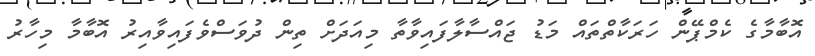
އޮބާމާގެ ކެމްޕޭން ހަރަކާތްތައް މަޑު ޖައްސާލާފައިވާތާ މިއަދަށް ތިން ދުވަސްވެފައިވާއިރު އޮބާމާ މިހާރު